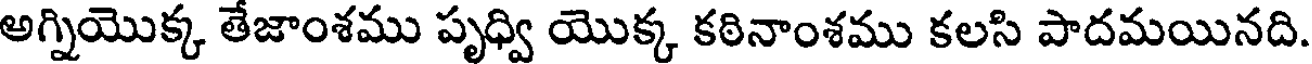
అగ్నియొక్క తేజాంశము పృధ్వి యొక్క కఠినాంశము కలసి పాదమయినది.